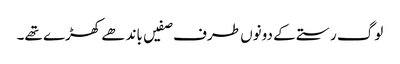
لوگ رستے کے دونوں طرف صفیں باندھے کھڑے تھے۔